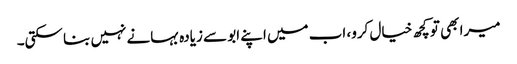
میرا بھی تو کچھ خیال کرو، اب میں اپنے ابو سے زیادہ بہانے نہیں بنا سکتی۔